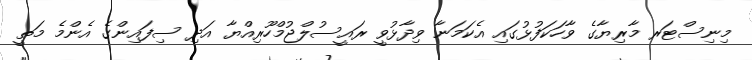
މިނިސްޓަރ މާރިޔާގެ ވާހަކަފުޅުގައި އެކަމަނާ ވިދާޅުވީ ރައީސުލްޖުމްހޫރިއްޔާ އަދި ސިފައިންގެ އެންމެ މަތީ